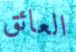
العائق